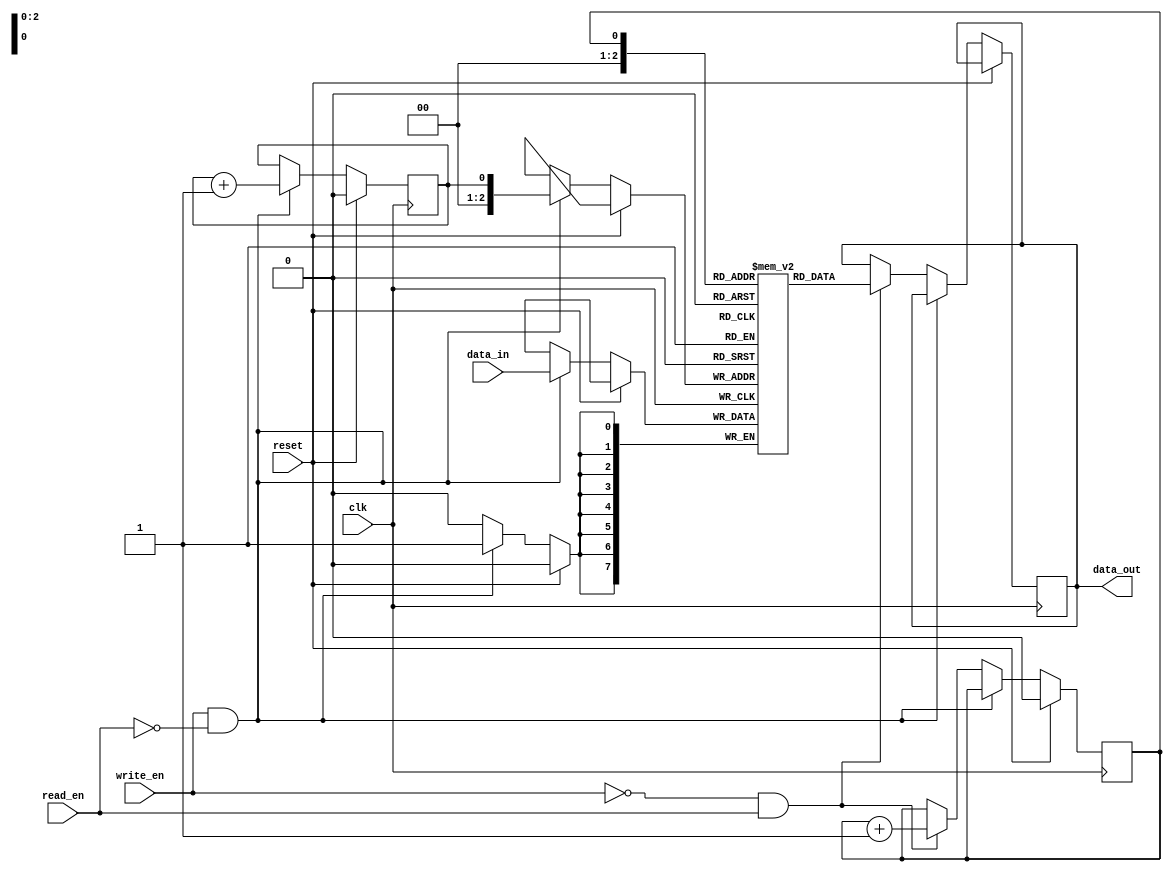
module fifo_buffer (
  input wire clk,
  input wire reset,
  input wire write_en,
  input wire read_en,
  input wire [7:0] data_in,
  output wire [7:0] data_out
);
  
  reg [7:0] buffer [7:0];
  reg write_ptr;
  reg read_ptr;
  
  always @ (posedge clk) begin
    if (reset) begin
      write_ptr <= 0;
      read_ptr <= 0;
    end else begin
      if (write_en && !read_en) begin
        buffer[write_ptr] <= data_in;
        write_ptr <= write_ptr + 1;
      end else if (!write_en && read_en) begin
        data_out <= buffer[read_ptr];
        read_ptr <= read_ptr + 1;
      end
    end
  end
endmodule